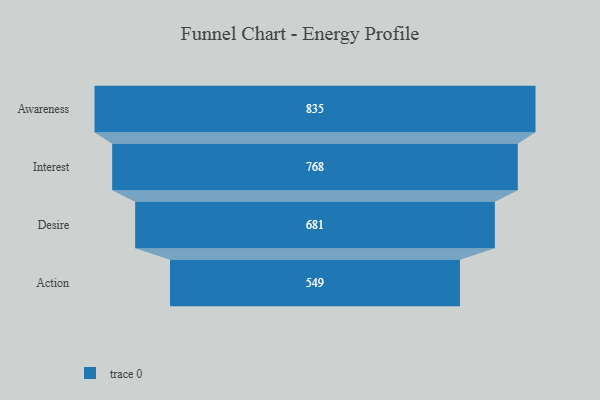
{"axis": {"x": "Stage", "y": "Value"}, "legend": [""], "data": [{"x": "Awareness", "y": 835.0, "type": ""}, {"x": "Interest", "y": 768.0, "type": ""}, {"x": "Desire", "y": 681.0, "type": ""}, {"x": "Action", "y": 549.0, "type": ""}]}